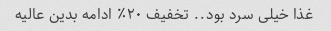
غذا خیلی سرد بود.. تخفیف ٢٠٪؜ ادامه بدین عالیه